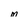
Character: M